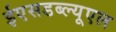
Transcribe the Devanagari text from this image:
ईएसडब्ल्यूएल